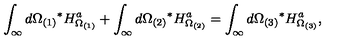
\int _ { \infty } d \Omega _ { ( 1 ) } { } ^ { * } H _ { \Omega _ { ( 1 ) } } ^ { a } + \int _ { \infty } d \Omega _ { ( 2 ) } { } ^ { * } H _ { \Omega _ { ( 2 ) } } ^ { a } = \int _ { \infty } d \Omega _ { ( 3 ) } { } ^ { * } H _ { \Omega _ { ( 3 ) } } ^ { a } ,